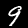
Label: 9